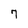
Character: 7